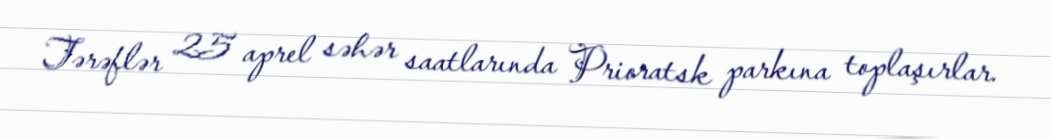
Tərəflər 25 aprel səhər saatlarında Prioratsk parkına toplaşırlar.